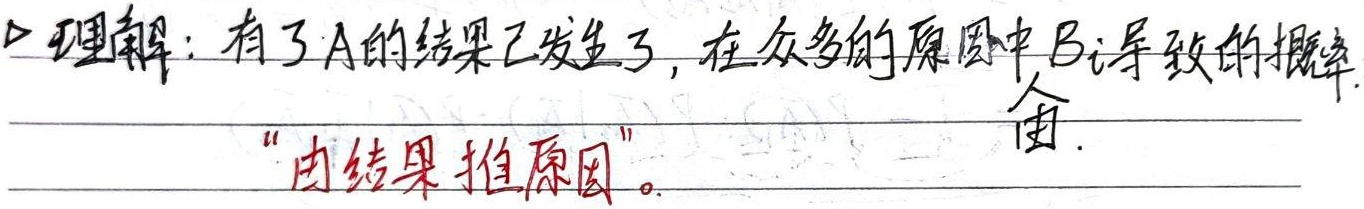
理解：有了A的结果已发生了，在众多的原因中\(B_i\)导致的概率。“由结果推原因”。